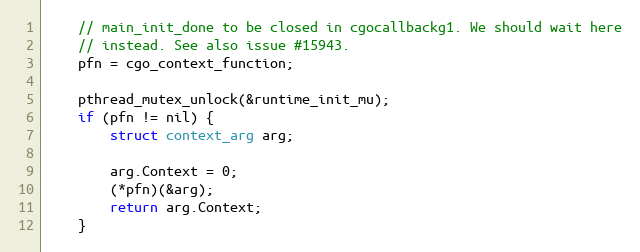
Language: C
	// main_init_done to be closed in cgocallbackg1. We should wait here
	// instead. See also issue #15943.
	pfn = cgo_context_function;

	pthread_mutex_unlock(&runtime_init_mu);
	if (pfn != nil) {
		struct context_arg arg;

		arg.Context = 0;
		(*pfn)(&arg);
		return arg.Context;
	}